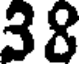
38